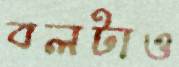
বলটাও